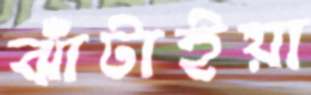
ঝাঁটাইয়া